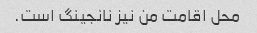
محل اقامت من نیز نانجینگ است.